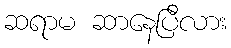
ဆရာမ ဆာနေပြီလား